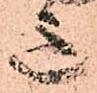
意